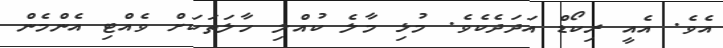
އެވެ. އެއީ ރިކޯޑް އަދަދެކެވެ. މުޅި މާލެ ކުއްލި ހާލަތަކަށް ވެއްޓި އެންމެން